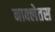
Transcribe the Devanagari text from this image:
नाक्लेतस